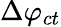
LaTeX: \Delta\varphi_{ct}